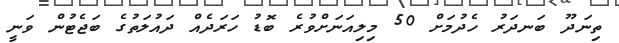
ތިނަދޫ ބަނދަރު ހެދުމަށް 50 މިލިއަނަށްވުރެ ބޮޑު ހަރަދެއް ދައުލަތުގެ ބަޖެޓުން ވަނީ